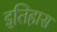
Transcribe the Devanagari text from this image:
इतिहास